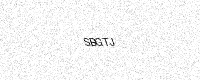
Text: SBGTJ